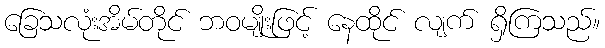
ခြေသလုံးအိမ်တိုင် ဘဝမျိုးဖြင့် နေထိုင် လျက် ရှိကြသည်။